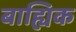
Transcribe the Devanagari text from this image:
बाह्यिक